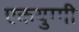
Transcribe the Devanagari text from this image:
एकयुग्गी